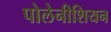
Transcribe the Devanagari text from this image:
पोलेनीशियन